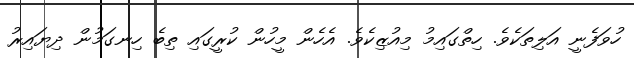
ހުވަފެނީ އަލިތަކެވެ. ހިތްގައިމު މިއުޒިކެވެ. އެހެން މީހުން ކުރީގައި ތިބެ ހިނގަމުން ދިޔައިރު